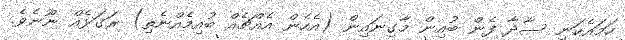
ހަމައެކަނި ސާދާ ފެން ބުއިން މާގިނައިން (އެހެން އެއްޗެއް ބުއިމެއްނެތި) ރަގަޅެއް ނޫނެވެ.